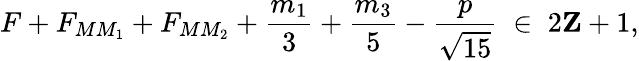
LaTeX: F+F_{MM_{1}}+F_{MM_{2}}+\frac{m_{1}}{3}+\frac{m_{3}}{5}-\frac{p}{\sqrt{15}}\; \in\; 2{\mathbf Z}+1,